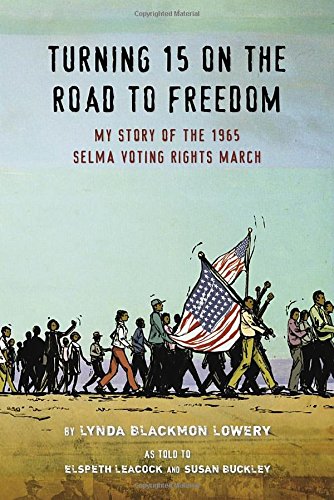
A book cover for Turning 15 on the Road to Freedom: My Story of the Selma Voting Rights March; Lynda Blackmon Lowery; Teen & Young Adult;